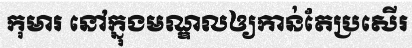
កុមារ នៅក្នុងមណ្ឌលឲ្យកាន់តែប្រសើរ